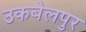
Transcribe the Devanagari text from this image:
उकबेलपुर